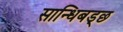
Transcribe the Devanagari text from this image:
सान्धिबड्छ